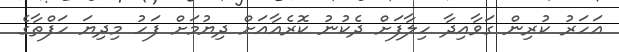
އަހަރު ކުރިން ގަވާއިދާ ހިލާފަށް ދެކުނު ކޮރެއާއަށް ދިޔުމަށް ފަހު މިދިޔަ ހަފްތާގެ